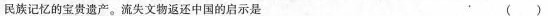
民族记忆的宝贵遗产。流失文物返还中国的启示是 ( )